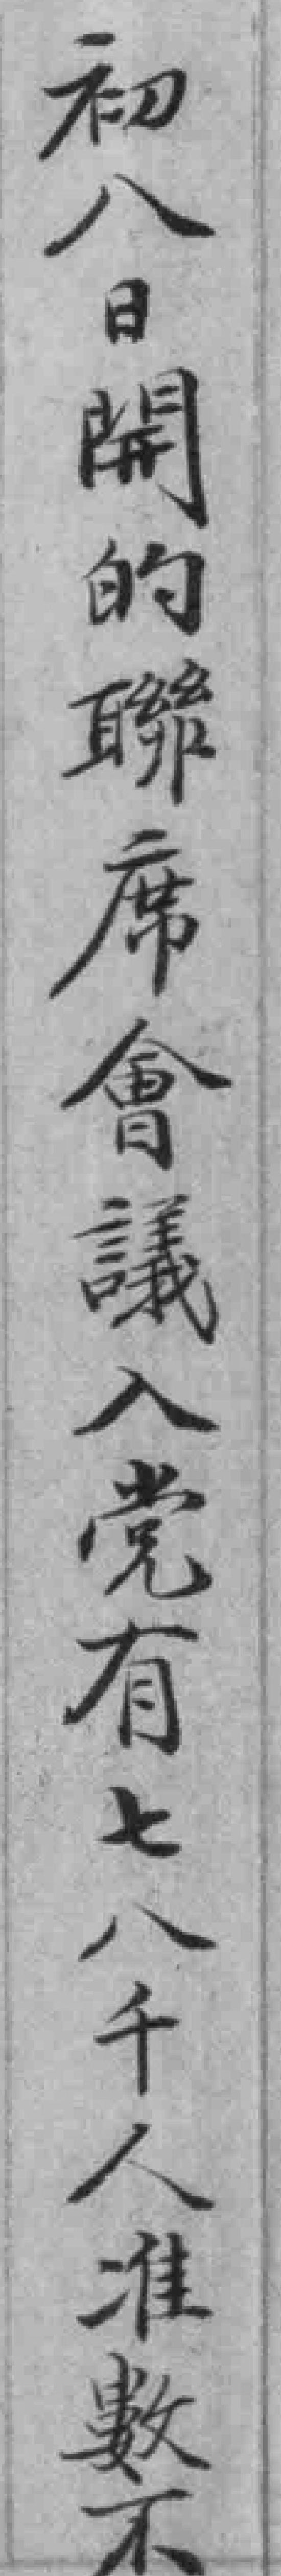
初八日開的聯席會議入党有七八千人准數不